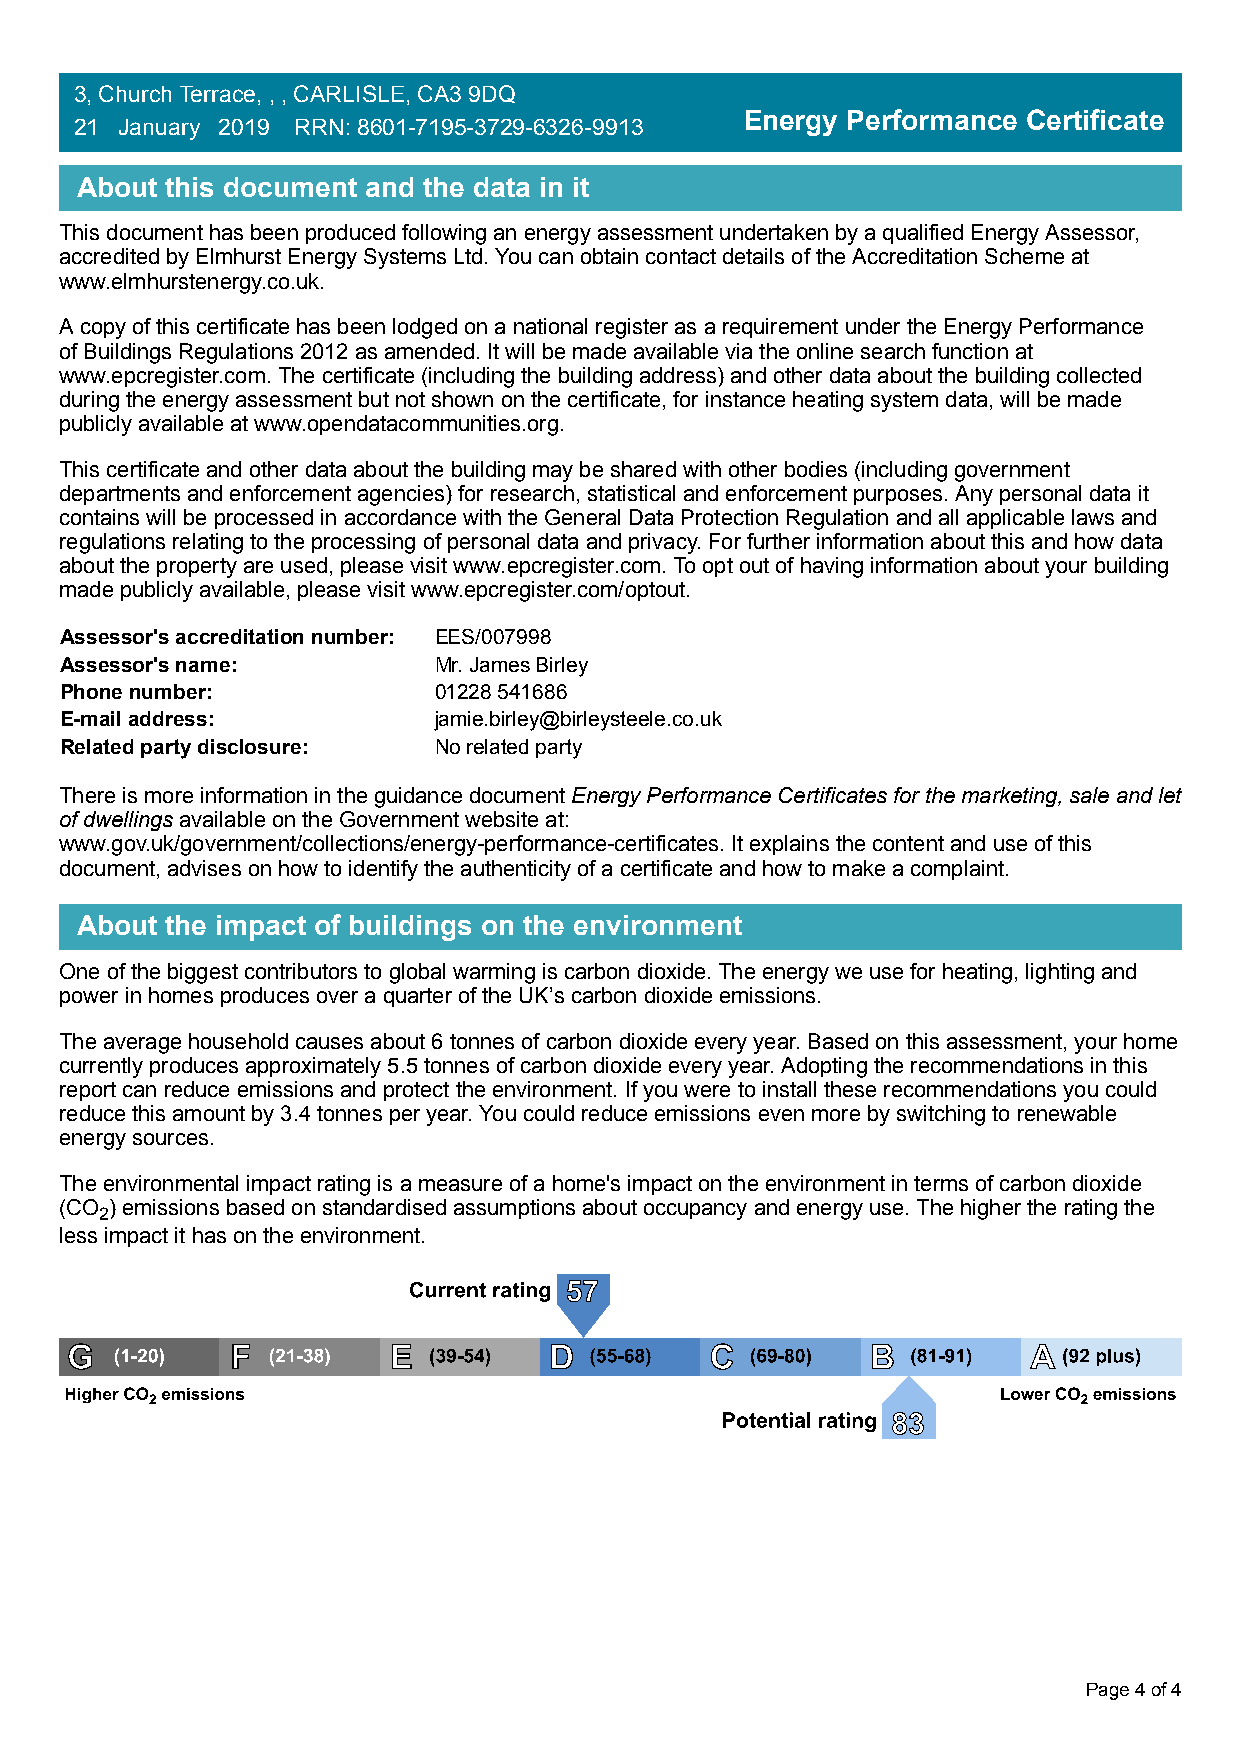
3, Church Terrace, , , CARLISLE, CA3 9DQ
 Energy Performance Certificate
 21 January 2019 RRN: 8601-7195-3729-6326-9913
 About this document and the data in it
 This document has been produced following an energy assessment undertaken by a qualified Energy Assessor,
 accredited by Elmhurst Energy Systems Ltd. You can obtain contact details of the Accreditation Scheme at
 www.elmhurstenergy.co.uk.
 A copy of this certificate has been lodged on a national register as a requirement under the Energy Performance
 of Buildings Regulations 2012 as amended. It will be made available via the online search function at
 www.epcregister.com. The certificate (including the building address) and other data about the building collected
 during the energy assessment but not shown on the certificate, for instance heating system data, will be made
 publicly available at www.opendatacommunities.org.
 This certificate and other data about the building may be shared with other bodies (including government
 departments and enforcement agencies) for research, statistical and enforcement purposes. Any personal data it
 contains will be processed in accordance with the General Data Protection Regulation and all applicable laws and
 regulations relating to the processing of personal data and privacy. For further information about this and how data
 about the property are used, please visit www.epcregister.com. To opt out of having information about your building
 made publicly available, please visit www.epcregister.com/optout.
 Assessor's accreditation number: EES/007998
 Assessor's name:         Mr. James Birley
 Phone number:            01228 541686
 E-mail address:          jamie.birley@birleysteele.co.uk
 Related party disclosure: No related party
 There is more information in the guidance document Energy Performance Certificates for the marketing, sale and let
 of dwellings available on the Government website at:
 www.gov.uk/government/collections/energy-performance-certificates. It explains the content and use of this
 document, advises on how to identify the authenticity of a certificate and how to make a complaint.
 About the impact of buildings on the environment
 One of the biggest contributors to global warming is carbon dioxide. The energy we use for heating, lighting and
 power in homes produces over a quarter of the UK’s carbon dioxide emissions.
 The average household causes about 6 tonnes of carbon dioxide every year. Based on this assessment, your home
 currently produces approximately 5.5 tonnes of carbon dioxide every year. Adopting the recommendations in this
 report can reduce emissions and protect the environment. If you were to install these recommendations you could
 reduce this amount by 3.4 tonnes per year. You could reduce emissions even more by switching to renewable
 energy sources.
 The environmental impact rating is a measure of a home's impact on the environment in terms of carbon dioxide
 (CO ) emissions based on standardised assumptions about occupancy and energy use. The higher the rating the
 2
 less impact it has on the environment.
 Page 4 of 4